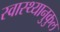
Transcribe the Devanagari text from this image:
स्वास्थ्यानुकुल